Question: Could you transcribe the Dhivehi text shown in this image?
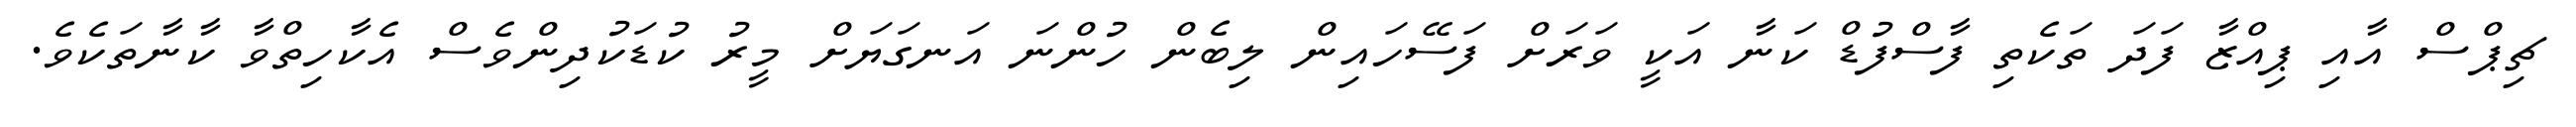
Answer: ޗިޕްސް އާއި ޕިއްޒާ ފަދަ ތަކެތި ފާސްފުޑް ކަނާ އަކީ ވަރަށް ފަސޭހައިން ލިބެން ހުންނަ އަނގަޔަށް މީރު ކުޑަކުދިންވެސް އެކާހިތްވާ ކާނާތަކެވެ.